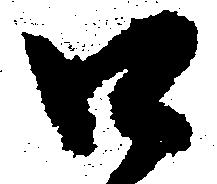
口